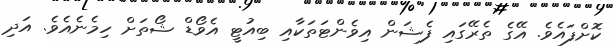
ކޮށްފައެވެ. އޭގެ ތެރޭގައި ފެޝަން އިވެންޓަތަކާއި ބިއުޓީ އެވޯޑް ޝޯތަށް ހިމެނެއެވެ. އަދި